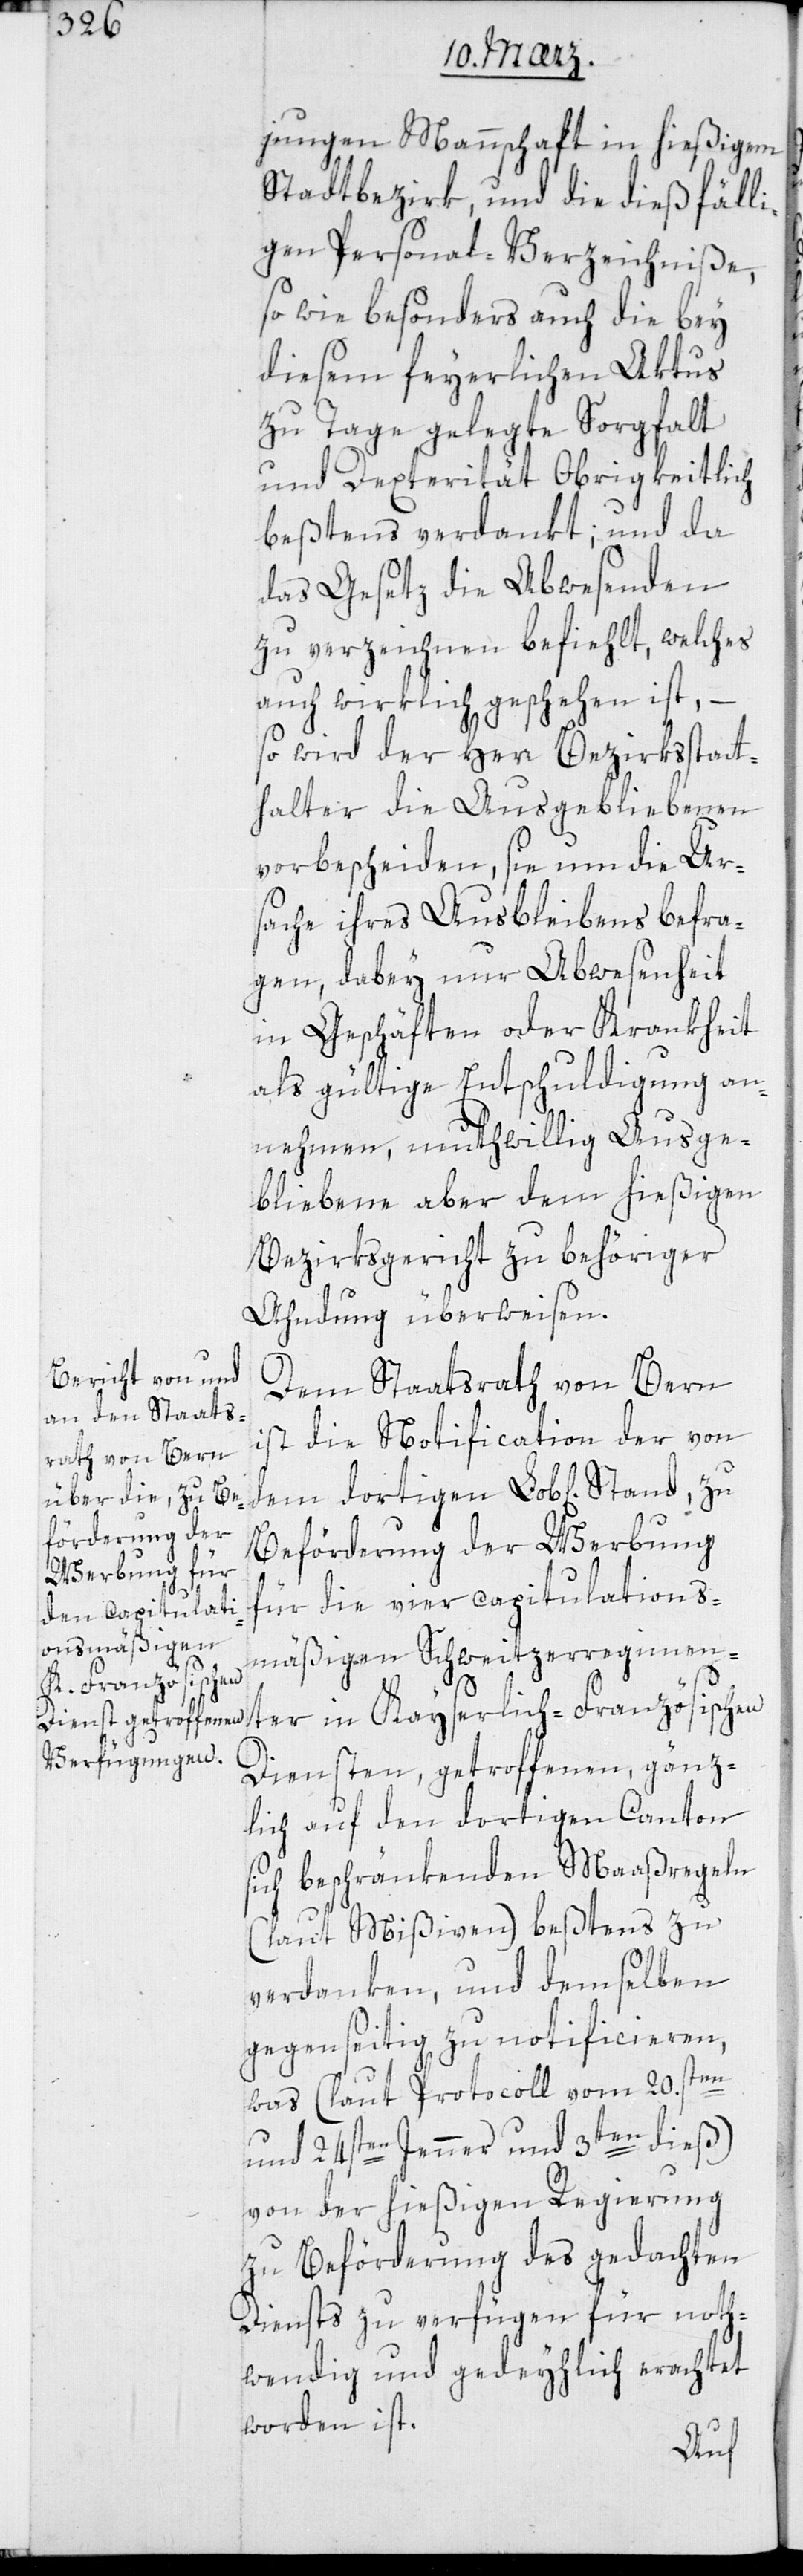
jungen Mannschaft in hießigem
Stadtbezirk, und die dießfälli¬
gen Personal-Verzeichniße
so wie besonders auch die bey
diesem feyerlichen Aktus
zu Tage gelegte Sorgfalt
und Dexterität Obrigkeitlich
bestens verdankt; und da
das Gesetz die Abwesenden
zu verzeichnen befiehlt, welches
auch wirklich geschehen ist, –
so wird der Herr Bezirksstatt¬
halter die Ausgebliebenen
vorbescheiden, sie um die Ur¬
sache ihres Ausbleibens befra¬
gen, dabey nur Abwesenheit
in Geschäften oder Krankheit
als gültige Entschuldigung an¬
nehmen, muthwillig Ausge¬
bliebene aber dem hießigen
Bezirksgericht zu behöriger
Ahndung überweisen.
Dem Staatsrath von Bern
ist die Notification der von
Beförderung der Werbung
für die vier capitulations¬
mäßigen Schweitzerregimenter
Diensten, getroffenen, gänz¬
lich auf den dortigen Canton
sich beschränkenden Maaßregeln
(laut Mißiven) beßtens zu
verdanken, und demselben
gegenseitig zu notificieren,
was (laut Protocoll vom 20.sten
und 24sten Jenner und 3ten dieß)
von der hießigen Regierung
zu Beförderung des gedachten
Diensts zu verfügen für noth¬
wendig und gedeyhlich erachtet
worden ist.